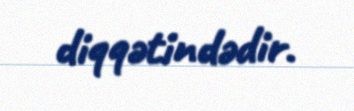
diqqətindədir.